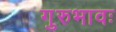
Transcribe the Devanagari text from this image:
गुरुभावः